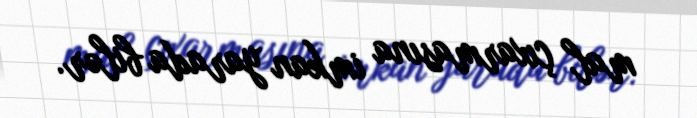
mal çıxarmasına imkan yarada bilər.